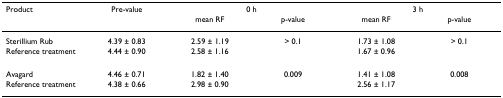
| Product | Pre-value | <COLSPAN=2> 0 h | <COLSPAN=2> 3 h |
 |  |  | mean RF | p-value | mean RF | p-value |
 | --- | --- | --- | --- | --- | --- |
 | Sterillium Rub | 4.39 ± 0.83 | 2.59 ± 1.19 | > 0.1 | 1.73 ± 1.08 | > 0.1 |
 | Reference treatment | 4.44 ± 0.90 | 2.58 ± 1.16 |  | 1.67 ± 0.96 |  |
 | Avagard | 4.46 ± 0.71 | 1.82 ± 1.40 | 0.009 | 1.41 ± 1.08 | 0.008 |
 | Reference treatment | 4.38 ± 0.66 | 2.98 ± 0.90 |  | 2.56 ± 1.17 |  |